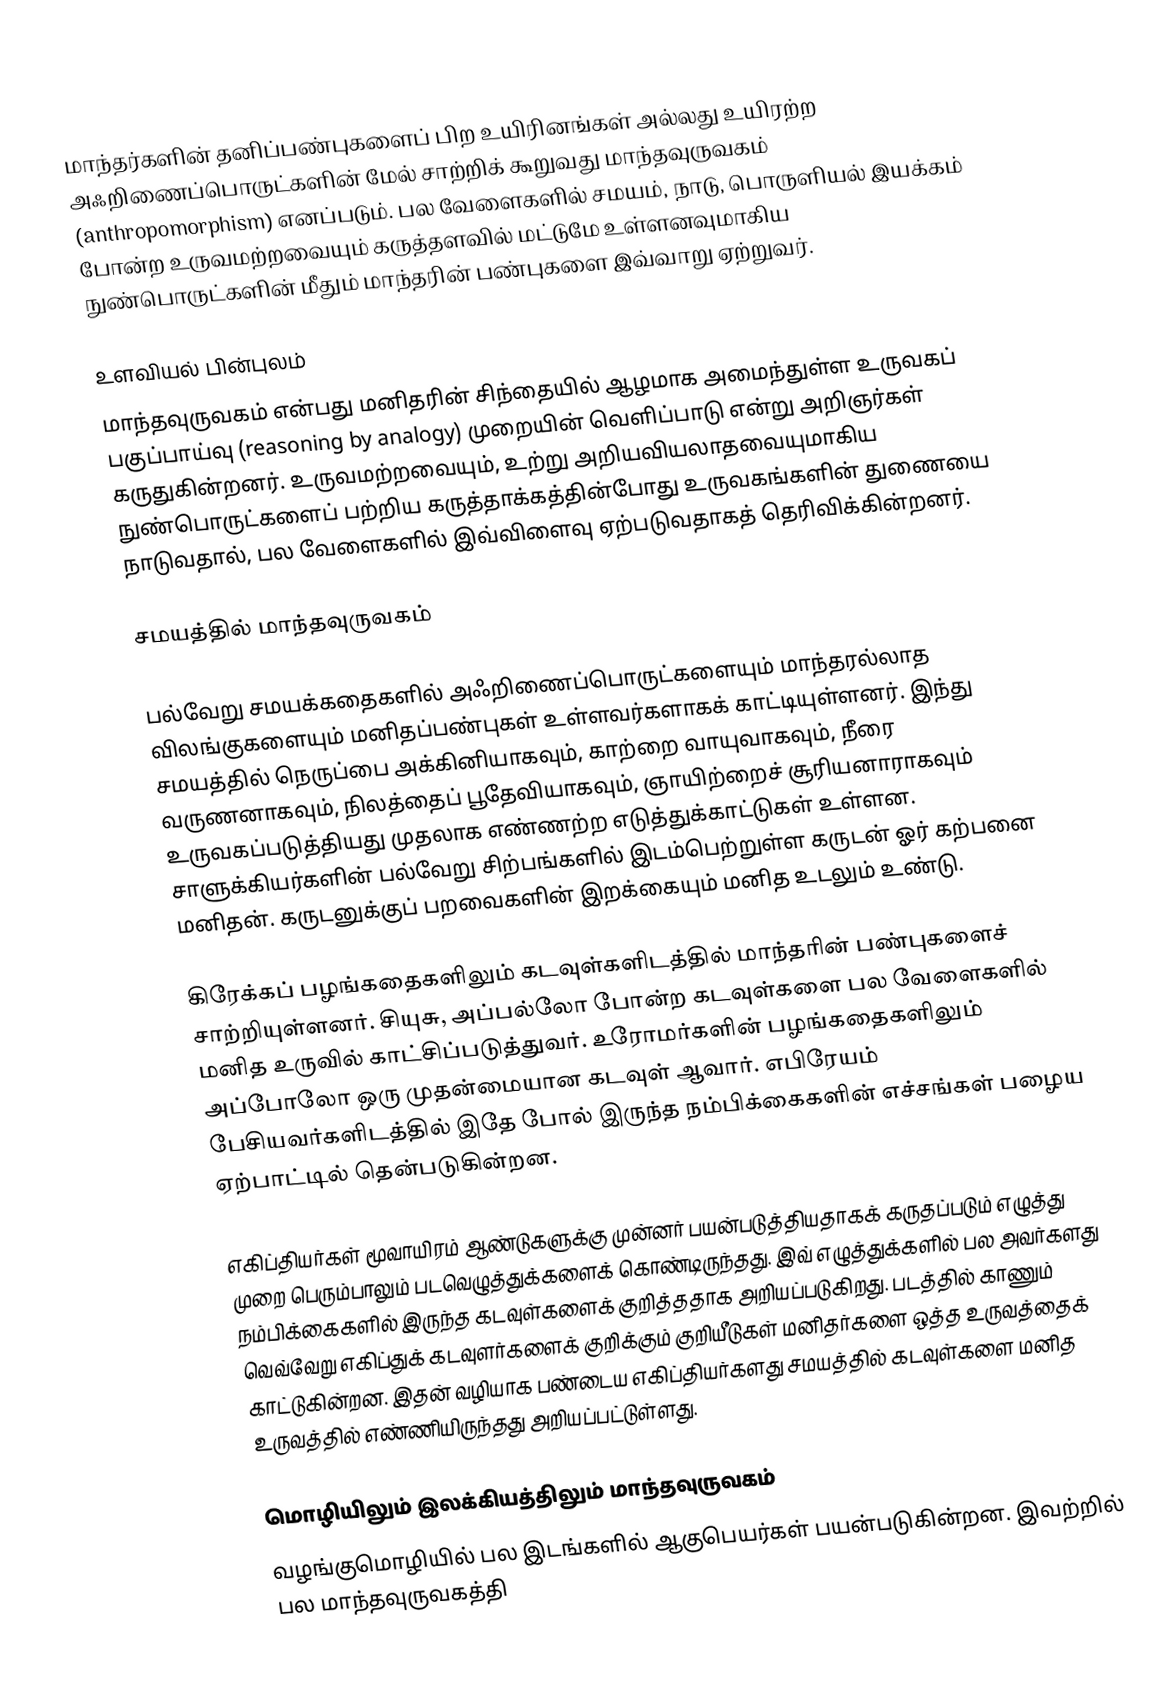
மாந்தர்களின் தனிப்பண்புகளைப் பிற உயிரினங்கள் அல்லது உயிரற்ற அஃறிணைப்பொருட்களின் மேல் சாற்றிக் கூறுவது மாந்தவுருவகம் (anthropomorphism) எனப்படும். பல வேளைகளில் சமயம், நாடு, பொருளியல் இயக்கம் போன்ற உருவமற்றவையும் கருத்தளவில் மட்டுமே உள்ளனவுமாகிய நுண்பொருட்களின் மீதும் மாந்தரின் பண்புகளை இவ்வாறு ஏற்றுவர்.

உளவியல் பின்புலம்
மாந்தவுருவகம் என்பது மனிதரின் சிந்தையில் ஆழமாக அமைந்துள்ள உருவகப் பகுப்பாய்வு (reasoning by analogy) முறையின் வெளிப்பாடு என்று அறிஞர்கள் கருதுகின்றனர். உருவமற்றவையும், உற்று அறியவியலாதவையுமாகிய நுண்பொருட்களைப் பற்றிய கருத்தாக்கத்தின்போது உருவகங்களின் துணையை நாடுவதால், பல வேளைகளில் இவ்விளைவு ஏற்படுவதாகத் தெரிவிக்கின்றனர்.

சமயத்தில் மாந்தவுருவகம்

பல்வேறு சமயக்கதைகளில் அஃறிணைப்பொருட்களையும் மாந்தரல்லாத விலங்குகளையும் மனிதப்பண்புகள் உள்ளவர்களாகக் காட்டியுள்ளனர். இந்து சமயத்தில் நெருப்பை அக்கினியாகவும், காற்றை வாயுவாகவும், நீரை வருணனாகவும், நிலத்தைப் பூதேவியாகவும், ஞாயிற்றைச் சூரியனாராகவும் உருவகப்படுத்தியது முதலாக எண்ணற்ற எடுத்துக்காட்டுகள் உள்ளன. சாளுக்கியர்களின் பல்வேறு சிற்பங்களில் இடம்பெற்றுள்ள கருடன் ஓர் கற்பனை மனிதன். கருடனுக்குப் பறவைகளின் இறக்கையும் மனித உடலும் உண்டு.

கிரேக்கப் பழங்கதைகளிலும் கடவுள்களிடத்தில் மாந்தரின் பண்புகளைச் சாற்றியுள்ளனர். சியுசு, அப்பல்லோ போன்ற கடவுள்களை பல வேளைகளில் மனித உருவில் காட்சிப்படுத்துவர். உரோமர்களின் பழங்கதைகளிலும் அப்போலோ ஒரு முதன்மையான கடவுள் ஆவார். எபிரேயம் பேசியவர்களிடத்தில் இதே போல் இருந்த நம்பிக்கைகளின் எச்சங்கள் பழைய ஏற்பாட்டில் தென்படுகின்றன.

எகிப்தியர்கள் மூவாயிரம் ஆண்டுகளுக்கு முன்னர் பயன்படுத்தியதாகக் கருதப்படும் எழுத்து முறை பெரும்பாலும் படவெழுத்துக்களைக் கொண்டிருந்தது. இவ் எழுத்துக்களில் பல அவர்களது நம்பிக்கைகளில் இருந்த கடவுள்களைக் குறித்ததாக அறியப்படுகிறது. படத்தில் காணும் வெவ்வேறு எகிப்துக் கடவுளர்களைக் குறிக்கும் குறியீடுகள் மனிதர்களை ஒத்த உருவத்தைக் காட்டுகின்றன. இதன் வழியாக பண்டைய எகிப்தியர்களது சமயத்தில் கடவுள்களை மனித உருவத்தில் எண்ணியிருந்தது அறியப்பட்டுள்ளது.

மொழியிலும் இலக்கியத்திலும் மாந்தவுருவகம்
வழங்குமொழியில் பல இடங்களில் ஆகுபெயர்கள் பயன்படுகின்றன. இவற்றில் பல மாந்தவுருவகத்தி